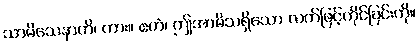
သာမိသေနာတိ၊ ကား။ ဧတံ၊ ဤအာမိသရှိသော လက်ဖြင့်ကိုင်ခြင်းကို။